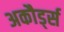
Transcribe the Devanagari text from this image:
अकौर्ड्स